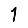
Digit: 1